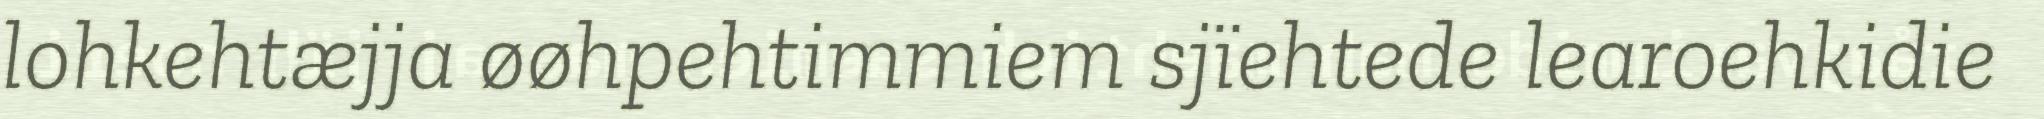
lohkehtæjja øøhpehtimmiem sjïehtede learoehkidie